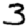
Digit: 3